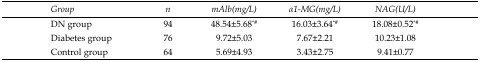
| Group | n | mAlb(mg/L) | α1-MG(mg/L) | NAG(U/L) |
 | --- | --- | --- | --- | --- |
 | DN group | 94 | 48.54±5.68*# | 16.03±3.64*# | 18.08±0.52*# |
 | Diabetes group | 76 | 9.72±5.03 | 7.67±2.21 | 10.23±1.08 |
 | Control group | 64 | 5.69±4.93 | 3.43±2.75 | 9.41±0.77 |